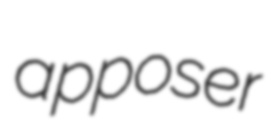
apposer